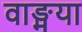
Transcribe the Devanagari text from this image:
वाङ्मया